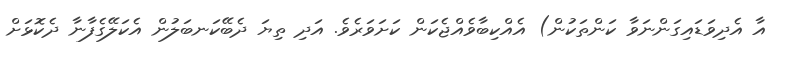
އާ އެދިވަޑައިގަންނަވާ ކަންތަކުން) އެއްކިބާވެއްޖެކަން ކަށަވަރެވެ. އަދި ތިޔަ ދެބޭކަނބަލުން އެކަލޭގެފާނާ ދެކޮޅަށް